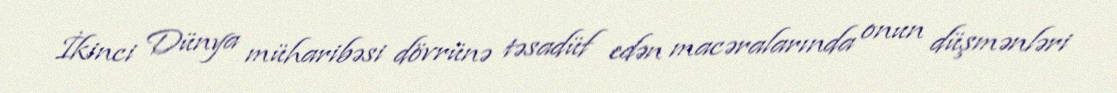
İkinci Dünya müharibəsi dövrünə təsadüf edən macəralarında onun düşmənləri